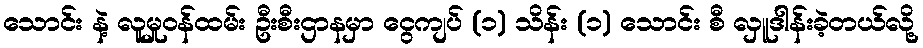
သောင်း နဲ့ လူမှုဝန်ထမ်း ဦးစီးဌာနမှာ ငွေကျပ် (၁) သိန်း (၁) သောင်း စီ လှူဒါန်းခဲ့တယ်လို့